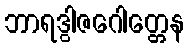
ဘာရဒွါဇဂေါတ္တေန